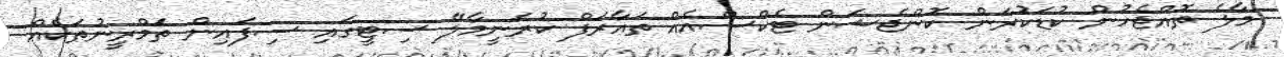
މާލެ ތޮއްޖެހުން ކުޑަކުރަން ކޮންޖެޝަން ޓެކްސްއެއް ތައާރަފް ކުރަނީމާލޭ ސިޓީގައި ސިފައިން ތަމްރީނުތަކެއް